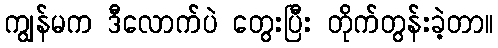
ကျွန်မက ဒီလောက်ပဲ တွေးပြီး တိုက်တွန်းခဲ့တာ။